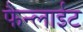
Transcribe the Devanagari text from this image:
फैन्लाईट